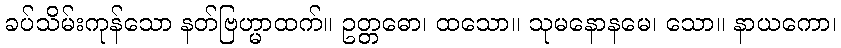
ခပ်သိမ်းကုန်သော နတ်ဗြဟ္မာထက်။ ဥတ္တဓော၊ ထသော။ သုမနောနမေ၊ သော။ နာယကော၊